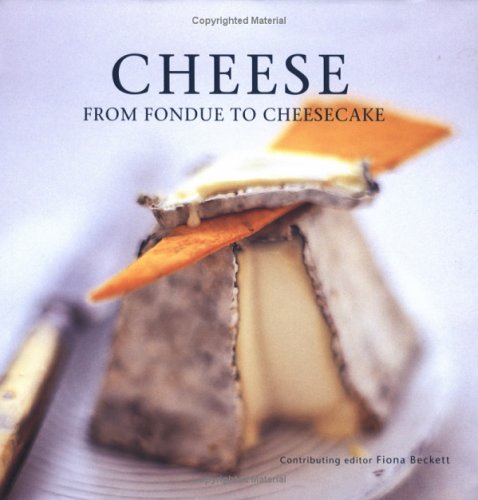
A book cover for Cheese: From Fondue To Cheesecake; Cookbooks, Food & Wine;